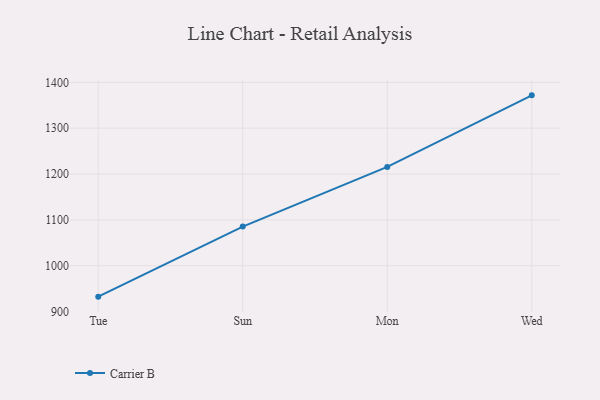
{"axis": {"x": "Day", "y": "Headcount"}, "legend": ["Carrier B"], "data": [{"x": "Tue", "y": 932.6, "type": "Carrier B"}, {"x": "Sun", "y": 1085.5, "type": "Carrier B"}, {"x": "Mon", "y": 1215.5, "type": "Carrier B"}, {"x": "Wed", "y": 1371.6, "type": "Carrier B"}]}